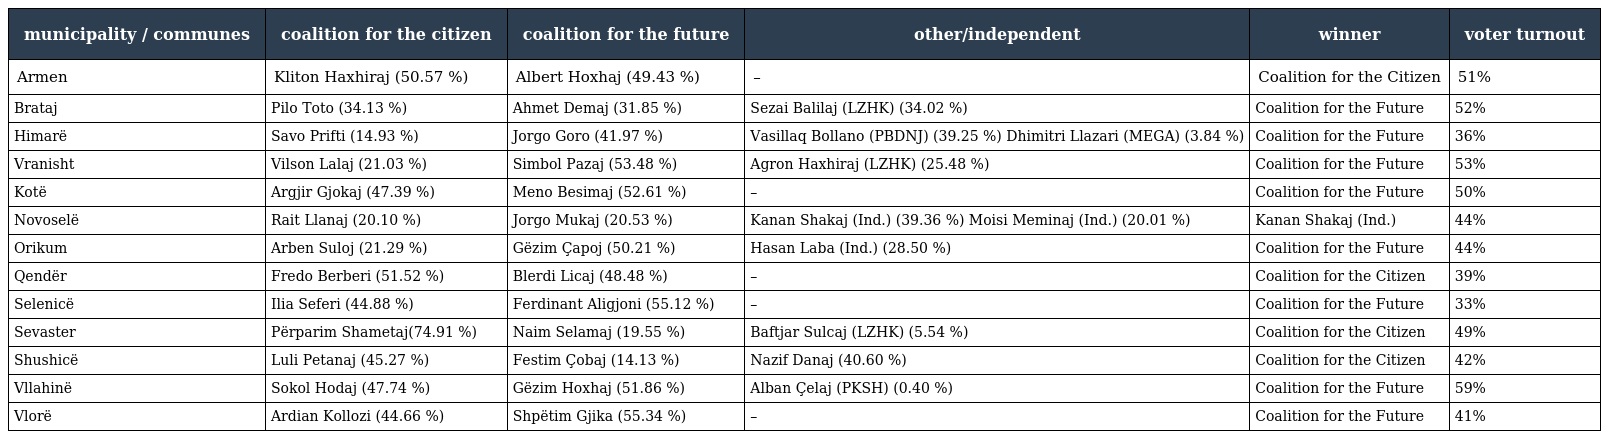
| municipality / communes | coalition for the citizen | coalition for the future | other/independent | winner | voter turnout |
 | --- | --- | --- | --- | --- | --- |
 | Armen | Kliton Haxhiraj (50.57 %) | Albert Hoxhaj (49.43 %) | – | Coalition for the Citizen | 51% |
 | Brataj | Pilo Toto (34.13 %) | Ahmet Demaj (31.85 %) | Sezai Balilaj (LZHK) (34.02 %) | Coalition for the Future | 52% |
 | Himarë | Savo Prifti (14.93 %) | Jorgo Goro (41.97 %) | Vasillaq Bollano (PBDNJ) (39.25 %) Dhimitri Llazari (MEGA) (3.84 %) | Coalition for the Future | 36% |
 | Vranisht | Vilson Lalaj (21.03 %) | Simbol Pazaj (53.48 %) | Agron Haxhiraj (LZHK) (25.48 %) | Coalition for the Future | 53% |
 | Kotë | Argjir Gjokaj (47.39 %) | Meno Besimaj (52.61 %) | – | Coalition for the Future | 50% |
 | Novoselë | Rait Llanaj (20.10 %) | Jorgo Mukaj (20.53 %) | Kanan Shakaj (Ind.) (39.36 %) Moisi Meminaj (Ind.) (20.01 %) | Kanan Shakaj (Ind.) | 44% |
 | Orikum | Arben Suloj (21.29 %) | Gëzim Çapoj (50.21 %) | Hasan Laba (Ind.) (28.50 %) | Coalition for the Future | 44% |
 | Qendër | Fredo Berberi (51.52 %) | Blerdi Licaj (48.48 %) | – | Coalition for the Citizen | 39% |
 | Selenicë | Ilia Seferi (44.88 %) | Ferdinant Aligjoni (55.12 %) | – | Coalition for the Future | 33% |
 | Sevaster | Përparim Shametaj(74.91 %) | Naim Selamaj (19.55 %) | Baftjar Sulcaj (LZHK) (5.54 %) | Coalition for the Citizen | 49% |
 | Shushicë | Luli Petanaj (45.27 %) | Festim Çobaj (14.13 %) | Nazif Danaj (40.60 %) | Coalition for the Citizen | 42% |
 | Vllahinë | Sokol Hodaj (47.74 %) | Gëzim Hoxhaj (51.86 %) | Alban Çelaj (PKSH) (0.40 %) | Coalition for the Future | 59% |
 | Vlorë | Ardian Kollozi (44.66 %) | Shpëtim Gjika (55.34 %) | – | Coalition for the Future | 41% |